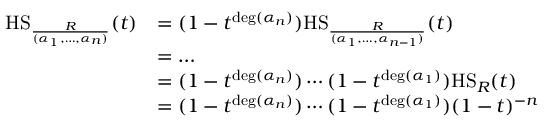
\begin{array} { r l } { \mathrm { H S } _ { \frac { R } { ( \alpha _ { 1 } , \dots , \alpha _ { n } ) } } ( t ) } & { = ( 1 - t ^ { \deg ( \alpha _ { n } ) } ) \mathrm { H S } _ { \frac { R } { ( \alpha _ { 1 } , \dots , \alpha _ { n - 1 } ) } } ( t ) } \\ & { = \dots } \\ & { = ( 1 - t ^ { \deg ( \alpha _ { n } ) } ) \cdots ( 1 - t ^ { \deg ( \alpha _ { 1 } ) } ) \mathrm { H S } _ { R } ( t ) } \\ & { = ( 1 - t ^ { \deg ( \alpha _ { n } ) } ) \cdots ( 1 - t ^ { \deg ( \alpha _ { 1 } ) } ) ( 1 - t ) ^ { - n } } \end{array}